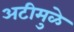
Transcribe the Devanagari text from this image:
अटीमुळे